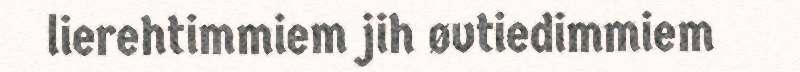
lierehtimmiem jih øvtiedimmiem